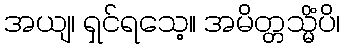
အယျ၊ ရှင်ရသေ့။ အမိတ္တသ္မိံပိ၊